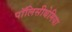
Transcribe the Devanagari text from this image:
पॉलिसीथेमिया